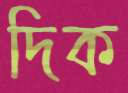
দিক